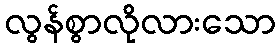
လွန်စွာလိုလားသော